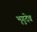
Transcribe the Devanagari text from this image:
भृगुदेव